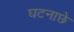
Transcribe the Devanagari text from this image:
घटनाछे